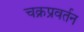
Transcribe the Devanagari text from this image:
चक्रप्रवर्तन